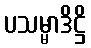
ပသမ္မာဒိဋ္ဌိ